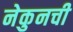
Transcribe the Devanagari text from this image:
नेकुनची